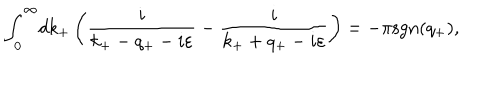
{ \int } _ { 0 } ^ { \infty } d k _ { + } \left( \frac { i } { k _ { + } - q _ { + } - i { \varepsilon } } - \frac { i } { k _ { + } + q _ { + } - i { \varepsilon } } \right) = - { \pi } \mathrm { s g n } ( q _ { + } ) ,